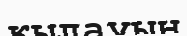
қылауын